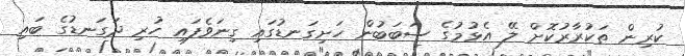
ކުރިން ތަކުރާރުކޮށް ލޭ އެޅުމުގެ ސަބަބުން ހަށިގަނޑުގައި ގިނަވެފައި ހުރި ދަގަނޑުގެ ބައި